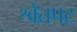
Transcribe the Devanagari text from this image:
श्वेतपट